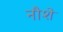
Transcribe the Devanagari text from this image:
नौशे